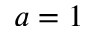
a = 1